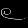
Digit: ၉